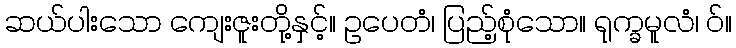
ဆယ်ပါးသော ကျေးဇူးတို့နှင့်။ ဥပေတံ၊ ပြည့်စုံသော။ ရုက္ခမူလံ၊ ဝ်။